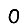
Digit: 0